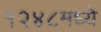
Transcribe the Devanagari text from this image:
१२४८मध्ये